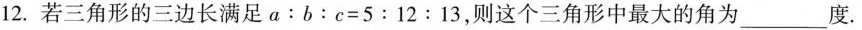
12.若三角形的三边长满足a：b：c=5:12:13，则这个三角形中最大的角为____度。